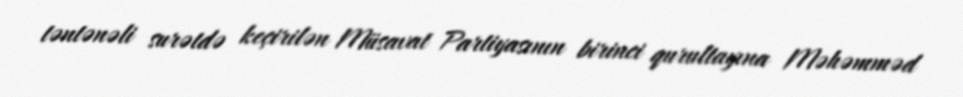
təntənəli surətdə keçirilən Müsavat Partiyasının birinci qurultayına Məhəmməd